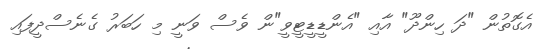
އެގޮތުން "ދަ ހިންދޫ" އާއި "އެންޑީޑީޓީވީ"ން ވެސް ވަނީ މި ހަބަރު ގެެނެސްދީފައި